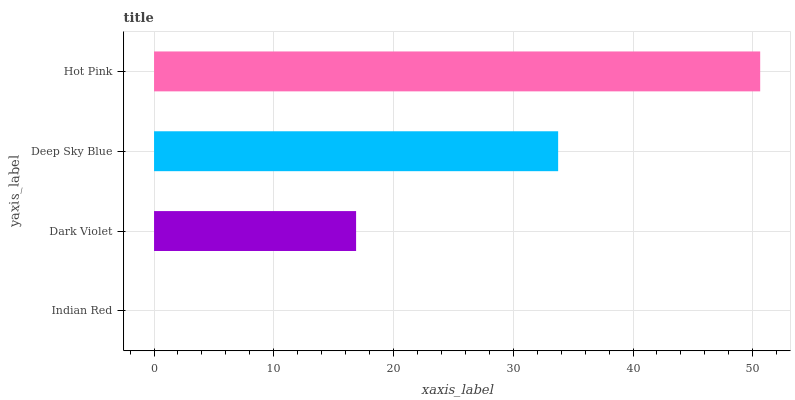
| yaxis_label | bars |
 | --- | --- |
 | Indian Red | 0 |
 | Dark Violet | 16.9 |
 | Deep Sky Blue | 33.7 |
 | Hot Pink | 50.6 |